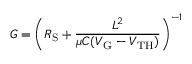
G = \left( R _ { \mathrm S } + \frac { L ^ { 2 } } { \mu C ( V _ { \mathrm G } - V _ { \mathrm { T H } } ) } \right) ^ { - 1 }